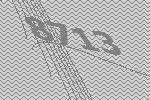
8713